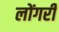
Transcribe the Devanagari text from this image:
लोंगरी